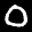
Label: 0